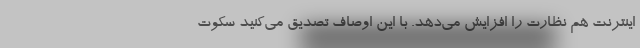
اینترنت هم نظارت را افزایش می‌دهد. با این اوصاف تصدیق می‌کنید سکوت